Vaccination North-Western Provinces and Oudh 1896-1901 - 1896-1901
Year: 1896
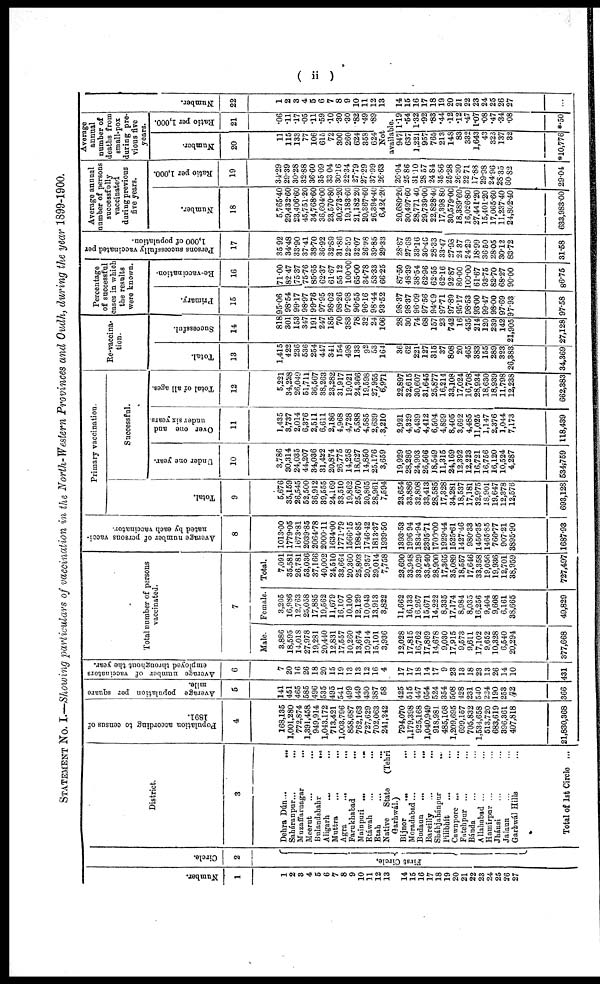
( ii )
STATEMENT No. I.—Showing particulars of vaccination in the North-Western Provinces and Oudh, during the year 1899-1900.
Number.
1
1
2
3
4
5
6
7
8
9
10
11
12
13
14
15
16
17 18
19
20
21
22 23
24
25
26
27
Circle.
2
First Circle.
District.
3
Dehara Dún ... ...
Saháranpur ... ...
Muzaffarnagar ...
Meerut ... ...
Bulandshahr ...
Aligarh ... ...
Muttra ... ...
Agra ... ...
Farukhabad ...
Mainpuri ... ...
Etáwah ... ...
Etah ... ...
Native State (Tehri¬
Garhwál.)
Bijnor ... ...
Moradabad ... ...
Budaun ... ...
Barilly ... ...
Sháhjahánpur ...
Pilibhít ... ...
Cawnpore ... ...
Fatehpur ... ...
Bánda ... ...
Allahabad ... ...
Hamírpur ... ...
Jhánsi ... ...
Jalaun ... ...
Garhwál Hills ...
Total of 1st Circle ...
Papulation according to census of
1891.
4
168,135
1,001,280
772,874
1,391,458
949,914
1,043,172
713,421
1,003,796
858,687
762,163
727,629
702,063
241,242
794 070
1,179,398
925,168
1,040,949
918,981
485,108
1,209,695
699,157
705,832
1,534,658
513,720
683,619
396,361
407,818
21,830,368
Average population per square
mile.
5
141
451
465
585
496
535
495
541
499
449
430
387
58
425
515
447
654
524
354
508
428
231
540
224
190
253
72
366
Average number of vaccinators
employed throughout the year.
6
7
20
16
26
18
20
15
19
13
13
12
16
4
17
17
18
14
17
9
23
13
18
23
13
26
14
10
431
Total number of persons
vaccinated.
7
Male.
3,886
18,595
14,018
27,978
19,281
20,440
12,831
17,557
10,260
13,674
10,914
15,101
3,936
12,028
17,815
16,762
17 869
14,678
9,030
17,915
9,573
9,611
17,102
9,652
10,328
6,540
20,294
377,668
Female.
3,205
16,986
12,763
25,058
17,885
19,562
11,679
16,107
10,100
12,129
10,043
13,913
3,822
11,662
16,133
16,267
15 671
14,222
8,335
17,174
8,984
8,035
16,256
9,404
9,608
6,161
38,665
49,829
Total.
7,091
35,581
26,781
53,036
37,166
40,002
24,510
33,664
20,360
25,803
20,957
29,014
7,758
23,690
33,948
33,029
33,540
28,900
17,365
35,089
18,557
17,646
33,358
19,056
19,936
12,701
38,959
727,497
Average number of persons vacci-
nated by each vaccinator.
8
1013.00
1779.05
1673.81
2039.85
2064.78
2000.11
1634.00
1771.79
1566.15
1984.85
1746.42
1813.37
1939.50
1393.53
1996.94
1834.94
2395.71
1700.00
1929.44
1525.61
1427.46
980.33
1450.35
1465.85
766.77
907.21
3895.90
1687.93
Primary vaccination.
Total.
9
5,676
35,159
26,545
52,500
36,912
39,555
24,169
33,510
19,862
25,670
20,865
28,961
7,594
23,654
33,886
32,808
33 413
28,585
17,328
34,281
18,537
17,181
32,975
18,901
19,647
12,378
12,576
693,128
Successful.
Under one year.
10
3,786
30,314
24,035
44,207
34,036
31,422
20,874
26,775
14,258
18,627
14,850
25,176
3,659
19,929
28,286
24,903
26,566
18,549
11,315
24,169
12,392
12,223
16,721
16,756
16,120
10,524
4,287
534,759
Over one and
under six years.
11
1,435
3,737
2,014
6,376
2,511
6,611
2,186
4,968
4,728
5,588
4,585
2,639
3,210
2,921
4,329
5,439
4,412
6,504
4,899
8,405
3,692
4,485
11,025
1,147
2,376
1,044
7,173
118,439
Total of all ages.
12
5,221
34,228
26,049
51,711
36,567
38,263
23,282
31,917
19,021
24,366
19,598
27,955
6,97l
22,897
32,615
30,607
31,645
25,877
16,214
33,108
17,024
16,708
28,934
18,630
18,939
11,798
12,238
662,383
Re-vaccina-
tion.
Total.
13
1,415
422
236
536
254
447
341
154
498
133
92
53
164
36
62
221
127
315
37
808
20
465
383
155
289
323
26,383
34,369
Successful.
14
818
301
153
347
191
247
185
70
383
78
32
24
106
28
30
74
68
157
23
742
16
435
214
120
239
142
21,905
27,128
Percentage
of successful
cases in which
the results
were known.
Primary.
15
95.06
98.54
99.17
98.97
99.76
97.95
98.02
98.26
97.98
96.55
96.16
98.44
93.52
98.37
98.37
96.09
97.56
94.09
97.71
97.89
95.17
98.53
93.00
99.47
98.00
97.69
97.93
97.58
Re-vaccination.
16
71.00
82.47
75.37
75.76
85.65
62.37
61.67
55.12
100.00
65.00
34.78
53.33
66.25
87.50
48.39
38.54
62.96
62.55
62.16
92.87
80.00
100.00
61.67
93.75
82.70
68.27
90.00
86.75
Persons successfully vaccinated per
1,000 of population.
17
35.92
34.48
33.90
37.41
38.70
36.92
32.89
31.86
22.50
32.07
26.98
39.85
29.33
28.87
27.68
33.16
30.46
28.33
33.47
27.98
24.37
24.29
18.99
36.50
28.05
30.12
83.72
31.58
Average annual
number of persons
successfully
vaccinated
during previous
five years.
Number.
18
5,765.40
29,432.60
23,406.60
45,751.20
34,768.60
36,604.00
23,570.80
30,273.20
19,183.60
21,182.20
20,367.60
26,394.40
6,424.20
20,680.20
30,497.60
28,771.40
29,739.00
22,828.40
17,398.80
30,579.00
18,389.60
16,026.80
27,441.20
15,401.20
17,065.60
11,237.40
24,802.40
633,983.00
Ratio per 1,000.
19
34.29
29.39
30.28
32.88
36.60
35.09
33 04
30.16
22.34
27.79 27.29
37.99
26.63
26.04
25.86
31.10
28.57
24.84
35.86
25.28
26.30
22.71
17.88
29.98
24.96
28.85
60.82
29.04
Average
annual
number of
deaths from
small-pox
during pre-
vious five
years.
Number.
20
11
115
133
77
106
615
72
300
260
624
358
624
Ratio per 1,000.
21
.06
.11
.17
.05
.11
.59
.10
.30
.30
.82
.49
.89
Not
available.
947
637
1,221
957
765
213
148
83
332
1,643
43
323
137
32
*10,776
1.19
.54
1.32
.92
.83
.44
.12
.12
.47
1.07
.08
.47
.34
.08
*.50
Number.
22
1
2
3
4
5
6
7
8
9
10
11
12
13
14
15
16
17
18
19
20
21
22
23
24
25
26
27
...